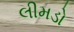
લીમડો